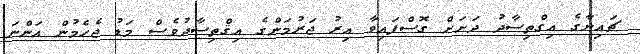
ޗައިނާގެ އިގްތިސާދު ދަށަށް ގޮސްފައިވާ އިރު ޖަރުމަންގެ އިޤްތިސާދުވެސް މަޑު ޖެހެމުން އަންނަ